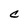
Character: C